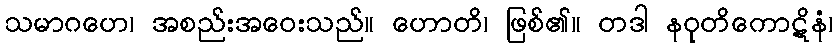
သမာဂဟေ၊ အစည်းအဝေးသည်။ ဟောတိ၊ ဖြစ်၏။ တဒါ နဝုတိကောဋိနံ၊